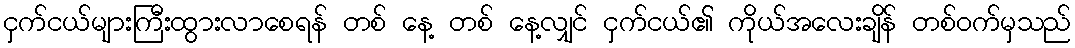
ငှက်ငယ်များကြီးထွားလာစေရန် တစ် နေ့ တစ် နေ့လျှင် ငှက်ငယ်၏ ကိုယ်အလေးချိန် တစ်ဝက်မှသည်